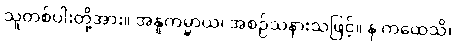
သူတစ်ပါးတို့အား။ အနူကမ္မာယ၊ အစဉ်သနားသဖြင့်။ န ကထေသိ၊